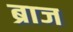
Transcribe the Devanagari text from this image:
ब्राज